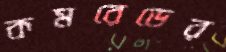
কমরেডের